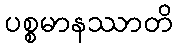
ပစ္စမာနဿာတိ